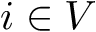
i \in V